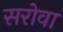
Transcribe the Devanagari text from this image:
सरोवा